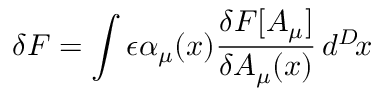
\delta F = \int \epsilon \alpha _ { \mu } ( x ) { \frac { \delta F [ A _ { \mu } ] } { \delta A _ { \mu } ( x ) } } \, d ^ { D } \! x